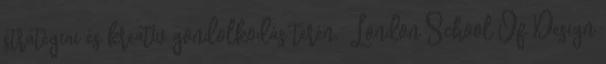
stratégiai és kreatív gondolkodás terén. London School Of Design